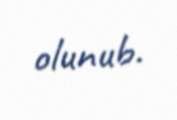
olunub.